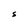
Character: S